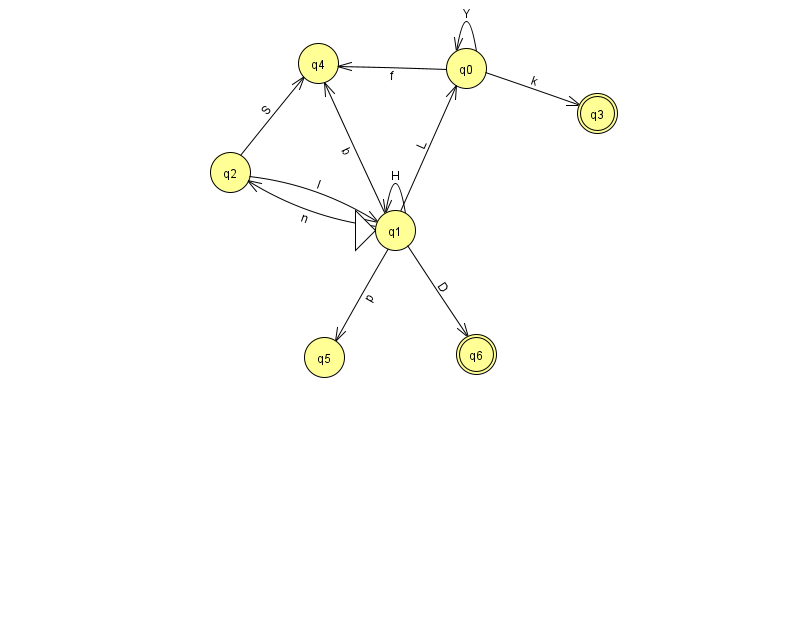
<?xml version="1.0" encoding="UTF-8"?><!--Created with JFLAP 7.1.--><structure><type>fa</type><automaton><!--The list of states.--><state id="0" name="q0"><x>466.0</x><y>55.0</y></state><state id="1" name="q1"><x>395.0</x><y>217.0</y><initial/></state><state id="2" name="q2"><x>230.0</x><y>159.0</y></state><state id="3" name="q3"><x>597.0</x><y>100.0</y><final/></state><state id="4" name="q4"><x>318.0</x><y>50.0</y></state><state id="5" name="q5"><x>324.0</x><y>344.0</y></state><state id="6" name="q6"><x>476.0</x><y>341.0</y><final/></state><!--The list of transitions.--><transition><from>2</from><to>1</to><read>I</read></transition><transition><from>2</from><to>4</to><read>S</read></transition><transition><from>0</from><to>3</to><read>k</read></transition><transition><from>1</from><to>0</to><read>L</read></transition><transition><from>0</from><to>4</to><read>f</read></transition><transition><from>1</from><to>2</to><read>n</read></transition><transition><from>1</from><to>1</to><read>H</read></transition><transition><from>0</from><to>0</to><read>Y</read></transition><transition><from>1</from><to>4</to><read>b</read></transition><transition><from>1</from><to>5</to><read>p</read></transition><transition><from>1</from><to>6</to><read>D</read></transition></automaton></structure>